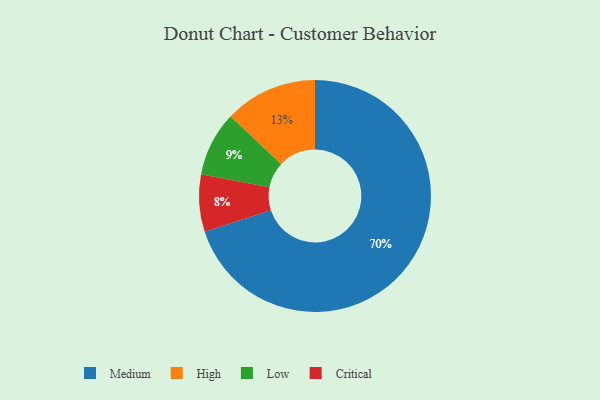
{"axis": {"x": "Category", "y": "Percentage"}, "legend": ["Critical", "High", "Low", "Medium"], "data": [{"x": "Critical", "y": 8, "type": "Critical"}, {"x": "Low", "y": 9, "type": "Low"}, {"x": "High", "y": 13, "type": "High"}, {"x": "Medium", "y": 70, "type": "Medium"}]}